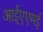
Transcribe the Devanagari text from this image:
आईएएमई